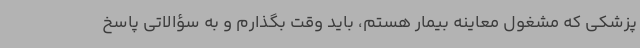
پزشکی که مشغول معاینه بیمار هستم، باید وقت بگذارم و به سؤالاتی پاسخ